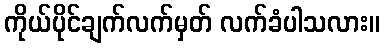
ကိုယ်ပိုင်ချက်လက်မှတ် လက်ခံပါသလား။